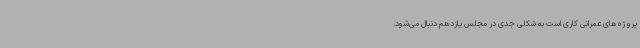
پروژه‌های عمرانی کاری است به شکلی جدی در مجلس یازدهم دنبال می‌شود.